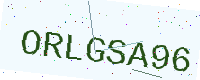
Text: ORLGSA96